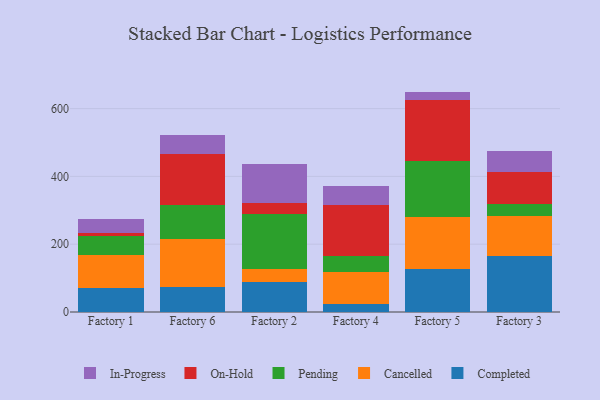
{"axis": {"x": "Factory", "y": "Bounce Rate (%)"}, "legend": ["Cancelled", "Completed", "In-Progress", "On-Hold", "Pending"], "data": [{"x": "Factory 1", "y": 72.1, "type": "Completed"}, {"x": "Factory 1", "y": 97.4, "type": "Cancelled"}, {"x": "Factory 1", "y": 53.4, "type": "Pending"}, {"x": "Factory 1", "y": 8.8, "type": "On-Hold"}, {"x": "Factory 1", "y": 41.5, "type": "In-Progress"}, {"x": "Factory 6", "y": 73.9, "type": "Completed"}, {"x": "Factory 6", "y": 142.4, "type": "Cancelled"}, {"x": "Factory 6", "y": 100.1, "type": "Pending"}, {"x": "Factory 6", "y": 149.2, "type": "On-Hold"}, {"x": "Factory 6", "y": 55.6, "type": "In-Progress"}, {"x": "Factory 2", "y": 89.5, "type": "Completed"}, {"x": "Factory 2", "y": 37.7, "type": "Cancelled"}, {"x": "Factory 2", "y": 161.4, "type": "Pending"}, {"x": "Factory 2", "y": 33.3, "type": "On-Hold"}, {"x": "Factory 2", "y": 116.0, "type": "In-Progress"}, {"x": "Factory 4", "y": 23.4, "type": "Completed"}, {"x": "Factory 4", "y": 93.2, "type": "Cancelled"}, {"x": "Factory 4", "y": 49.3, "type": "Pending"}, {"x": "Factory 4", "y": 148.7, "type": "On-Hold"}, {"x": "Factory 4", "y": 57.0, "type": "In-Progress"}, {"x": "Factory 5", "y": 125.7, "type": "Completed"}, {"x": "Factory 5", "y": 153.5, "type": "Cancelled"}, {"x": "Factory 5", "y": 167.2, "type": "Pending"}, {"x": "Factory 5", "y": 177.6, "type": "On-Hold"}, {"x": "Factory 5", "y": 26.1, "type": "In-Progress"}, {"x": "Factory 3", "y": 164.9, "type": "Completed"}, {"x": "Factory 3", "y": 118.0, "type": "Cancelled"}, {"x": "Factory 3", "y": 36.8, "type": "Pending"}, {"x": "Factory 3", "y": 93.1, "type": "On-Hold"}, {"x": "Factory 3", "y": 61.5, "type": "In-Progress"}]}